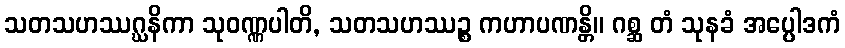
သတသဟဿဂ္ဃနိကာ သုဝဏ္ဏပါတိ, သတသဟဿဉ္စ ကဟာပဏန္တိ။ ဂစ္ဆ တံ သုနခံ အပ္ပေါဒကံ